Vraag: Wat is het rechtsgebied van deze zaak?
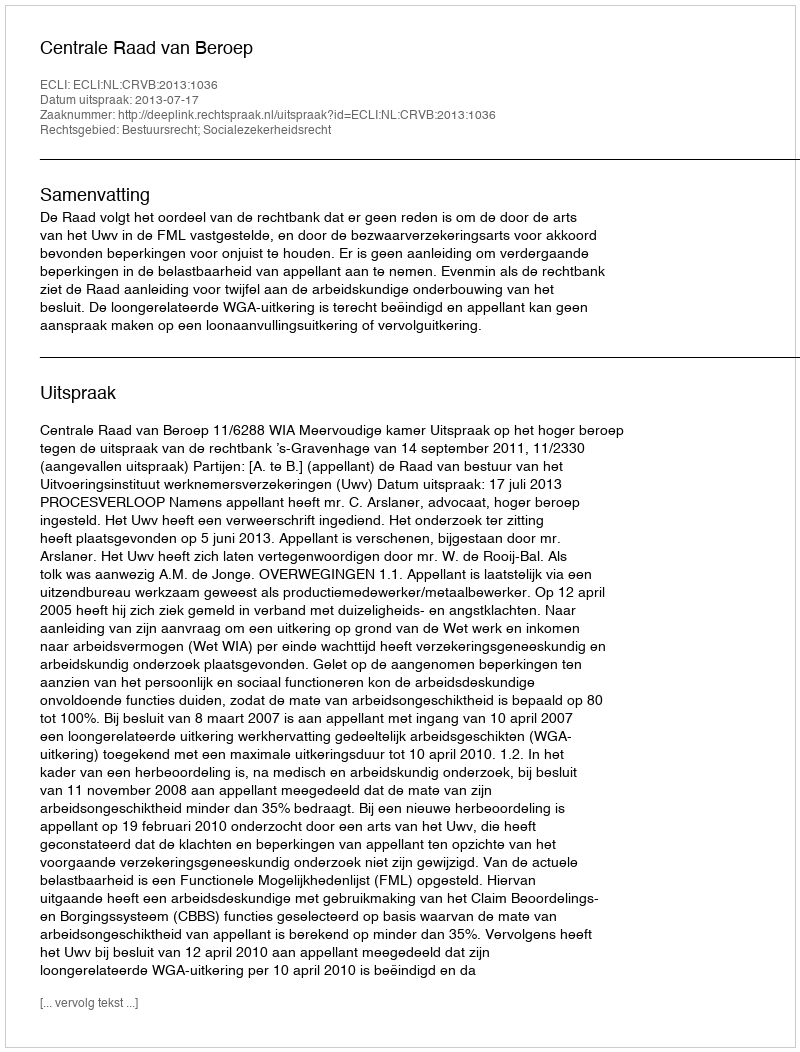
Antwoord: Bestuursrecht; Socialezekerheidsrecht